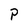
Character: P